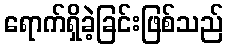
ရောက်ရှိခဲ့ခြင်းဖြစ်သည်